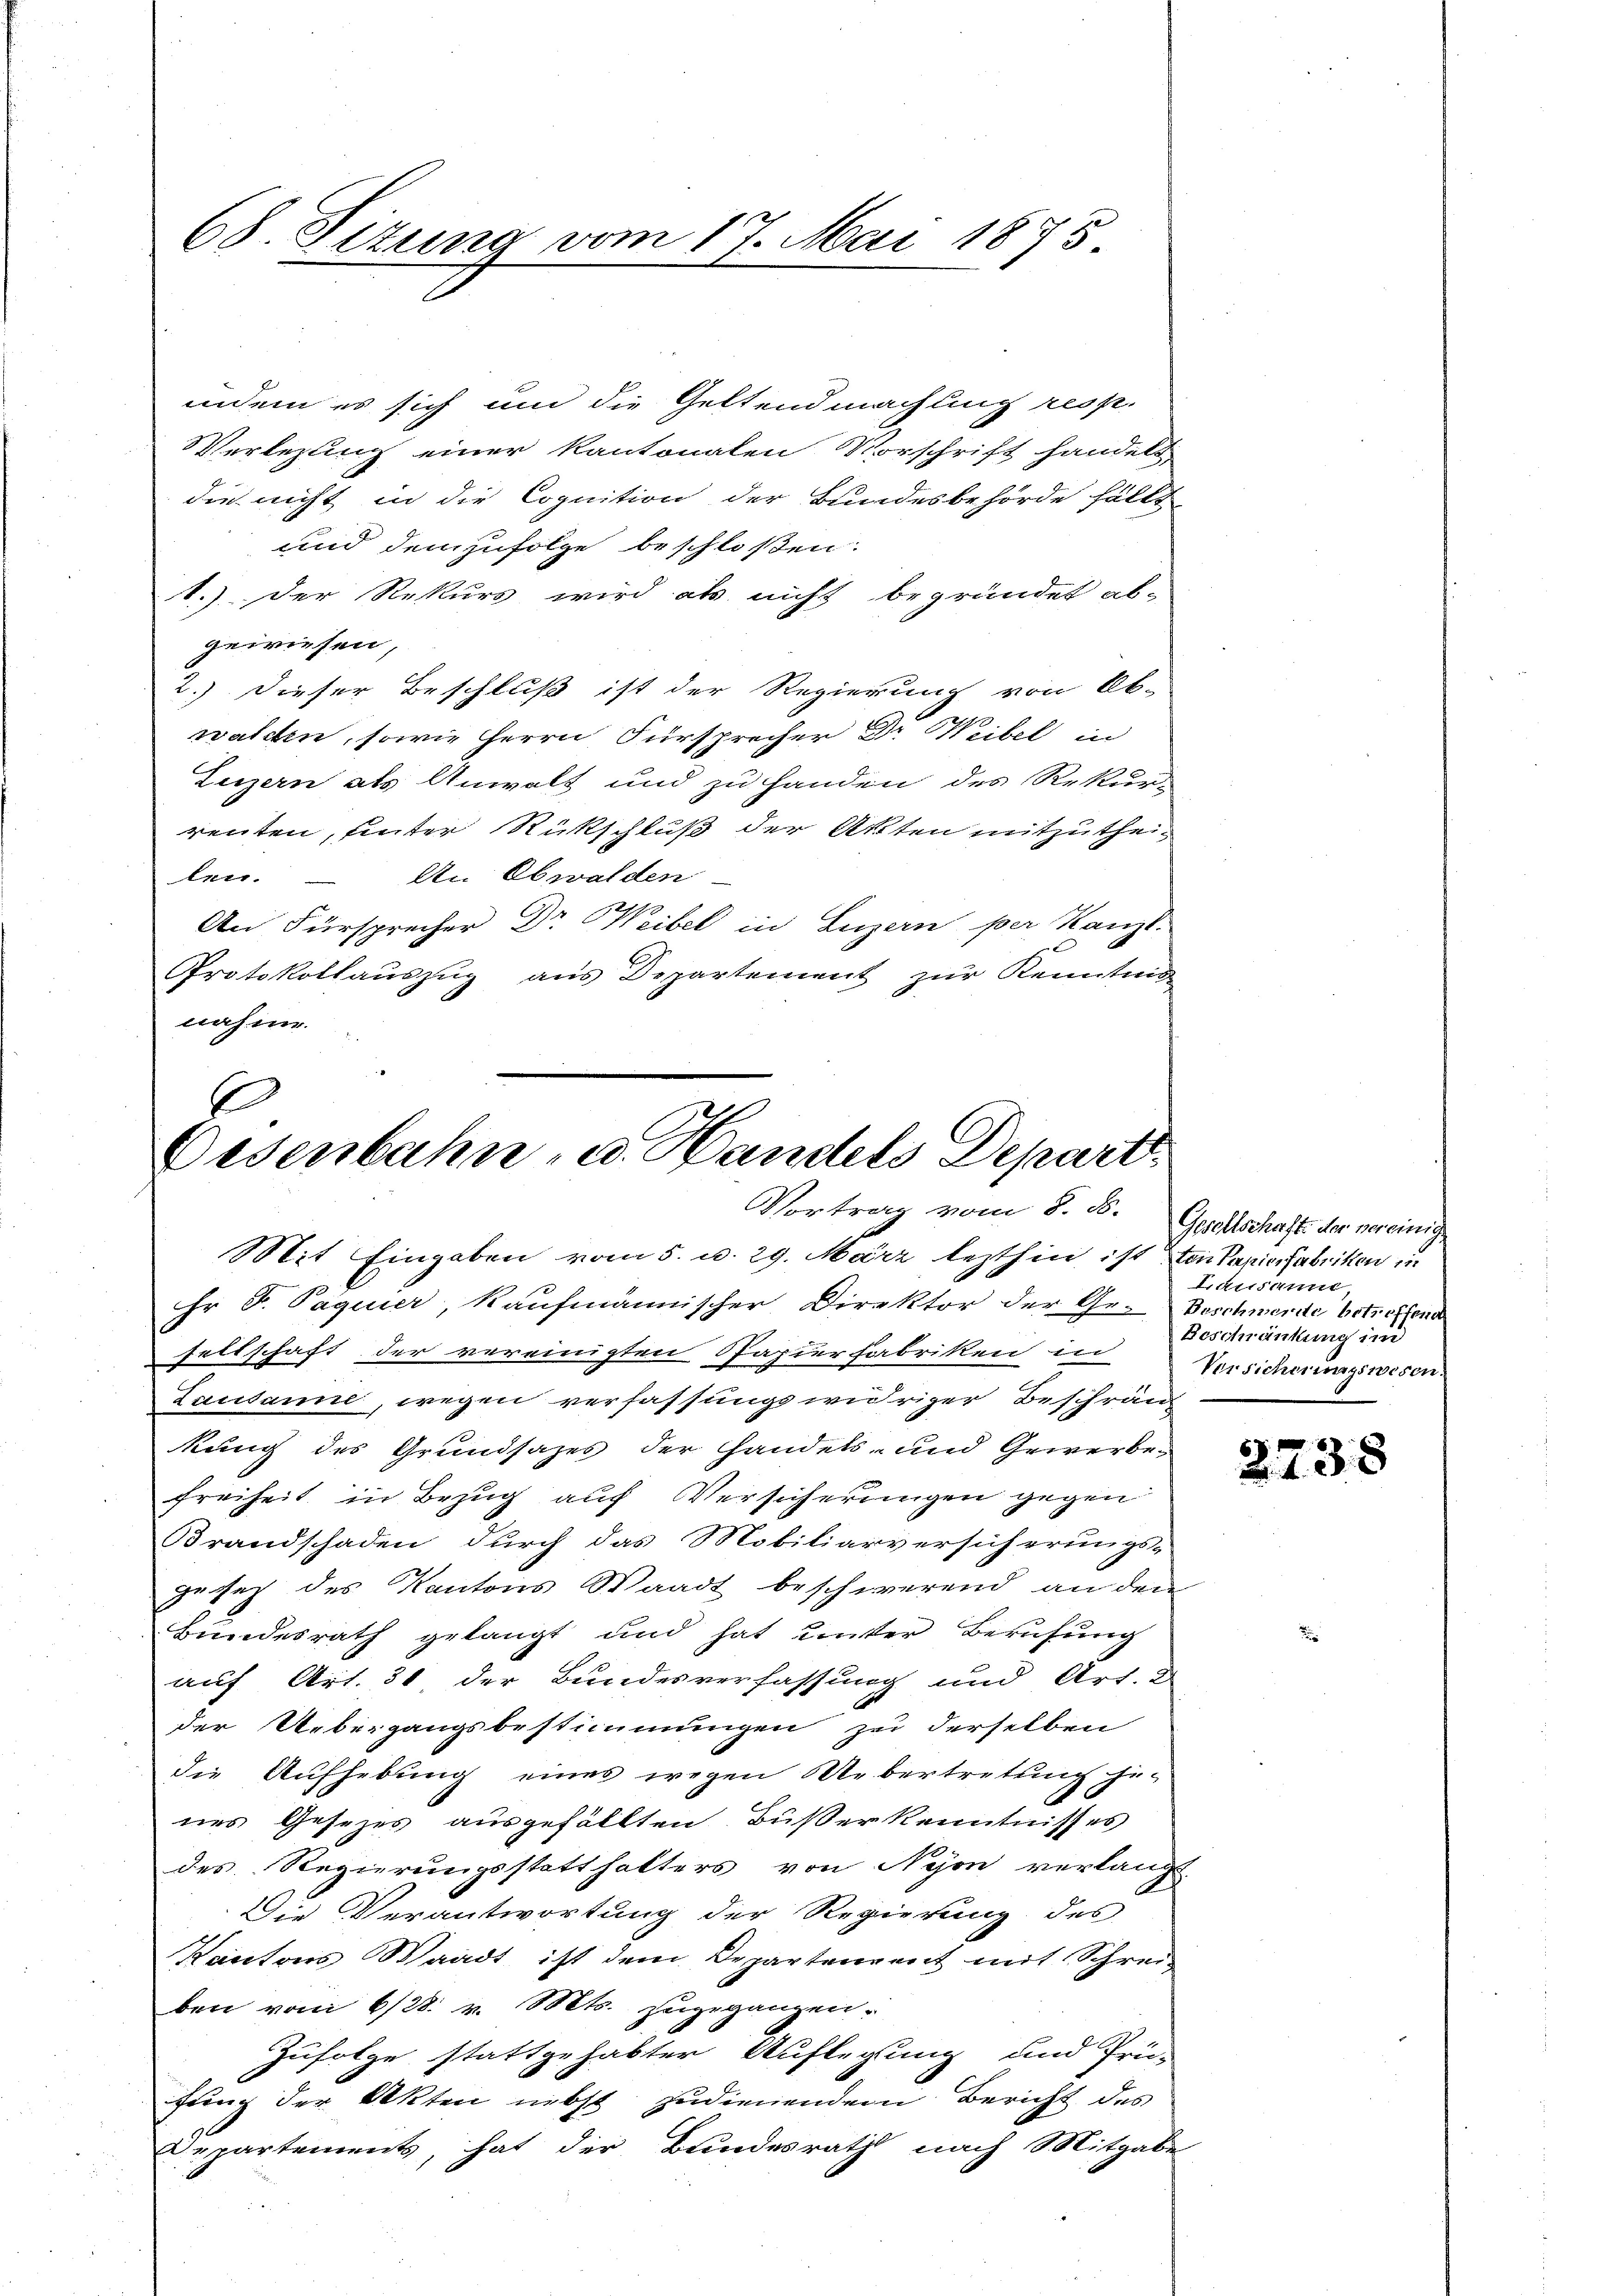
68. Situng vom 17. Mai 1875

indem es sich um die Geltendmachung resp.
Verlegung einer Kantonalen Vorschrift handels
die nicht in die Cognition der Bundesbehörde fällt
und demzufolge beschloßen:
1.) Der Rekurs wird als nicht begründet ab-
gewiesen,
2.) Dieser Beschluß ist der Regierung von Ob-
walden, sowie Herrn Fürsprecher Dr. Weibel in
Luzern als Anwalt und zu handen des Rekur-
renten, hinter Rückschluß der Akten mitzutheilen.
An Obwalden
An Fürsprecher Dr Weibel in Luzern per Kanzl
Protokollauszug aus Departement zur Kenntnis
nahme.

E
Desenbahn- u. Handels Depart
Vortrag vom 8. F. Gesellschaft der vereinige

Mit Eingaben vom 5. u. 29. März lezthin ist von Papierfabriken in
Er F. Pageier, Kaufmännischer Direktor der Ge-
Feltschaft der vereinigten Papierfabriken in
Lausanne, wegen verfassungswidriger Beschrän
kung des Grundsazes der Handels- und Gewerbefreiheit in Bezug auf Versicherungen gegen
Brandschaden durch das Mobiliarversicherungs-
gesez des Kantons Waadt beschwerend an den
Bundesrath gelangt und hat unter Berufung
auf Art. 31 der Bundesverfassung und Art. 2
der Uebergangsbestimmungen zu derselben
die Aufhebung eines wegen Uebertretung je-
nes Gesezes ausgefällten Bußer kenntnisses
des Regierungsstatthalters von Nyon verlangt
Die Verantwortung der Regierung des
Kantons Waadt ist dem Departenvent mit Schreiben vom 6/28. v. Mts. zugeganzen.
Zufolge stattgehabter Auflegung und Prü-
fung der Akten nebst zudienendem Bericht des
Departement, hat der Bundesrath nach Mitgabe

Lausanne
Beschwerde betreffend
Beschränkung in
Versicherungswesen.

68
2438